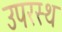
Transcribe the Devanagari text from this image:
उपरस्थ